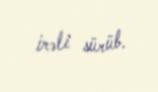
irəli sürüb.